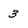
Character: 3